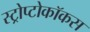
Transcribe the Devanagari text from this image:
स्ट्रोप्टोकॉकस